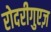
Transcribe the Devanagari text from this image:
रोदरीगुएज़